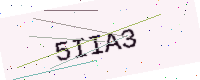
Text: 5IIA3